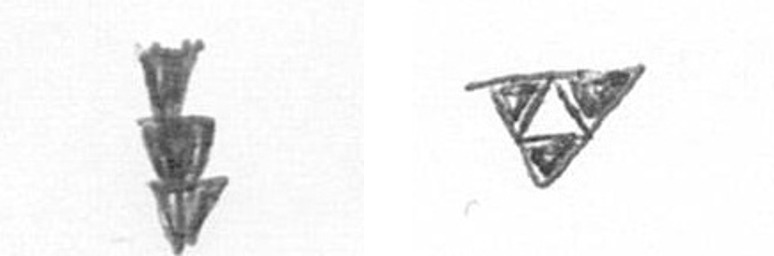
E S